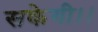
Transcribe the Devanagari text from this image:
सकेगी।।